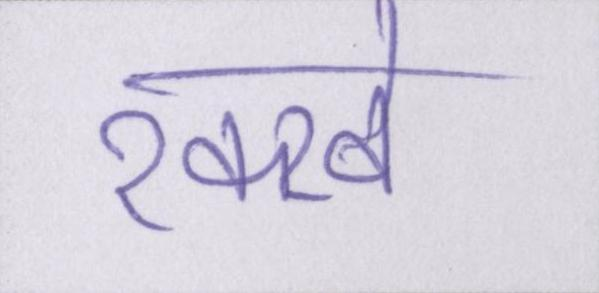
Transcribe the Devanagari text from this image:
रक्खे